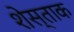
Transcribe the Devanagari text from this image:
शेस्ताक